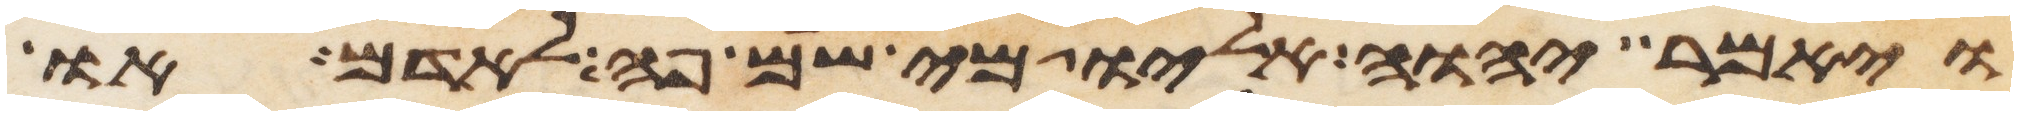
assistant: ויאמר יהוה אליו מי שם פה לאדם או